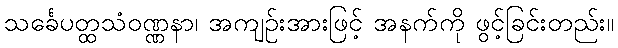
သင်္ခေပတ္ထသံဝဏ္ဏနာ၊ အကျဉ်းအားဖြင့် အနက်ကို ဖွင့်ခြင်းတည်း။